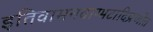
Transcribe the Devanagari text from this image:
इतिवामनवाग्भटादिप्रणीत